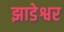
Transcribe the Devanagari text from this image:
झाडेश्वर